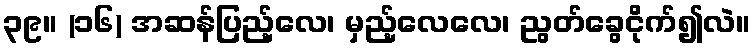
၃၉။ (၁၆) အဆန်ပြည့်လေ၊ မှည့်လေလေ၊ ညွတ်ခွေငိုက်၍လဲ။